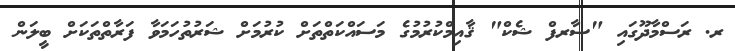
ރ. ރަސްމާދޫގައި "ސާރފް ޝެކް" ޤާއިމްކުރުމުގެ މަސައްކަތްތަށް ކުރުމަށް ޝަރުތުހަމަވާ ފަރާތްތަކަށް ބީލަން